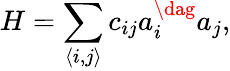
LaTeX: H=\sum_{\langle i,j\rangle}c_{ij}a_{i}^{\dag}a_{j},